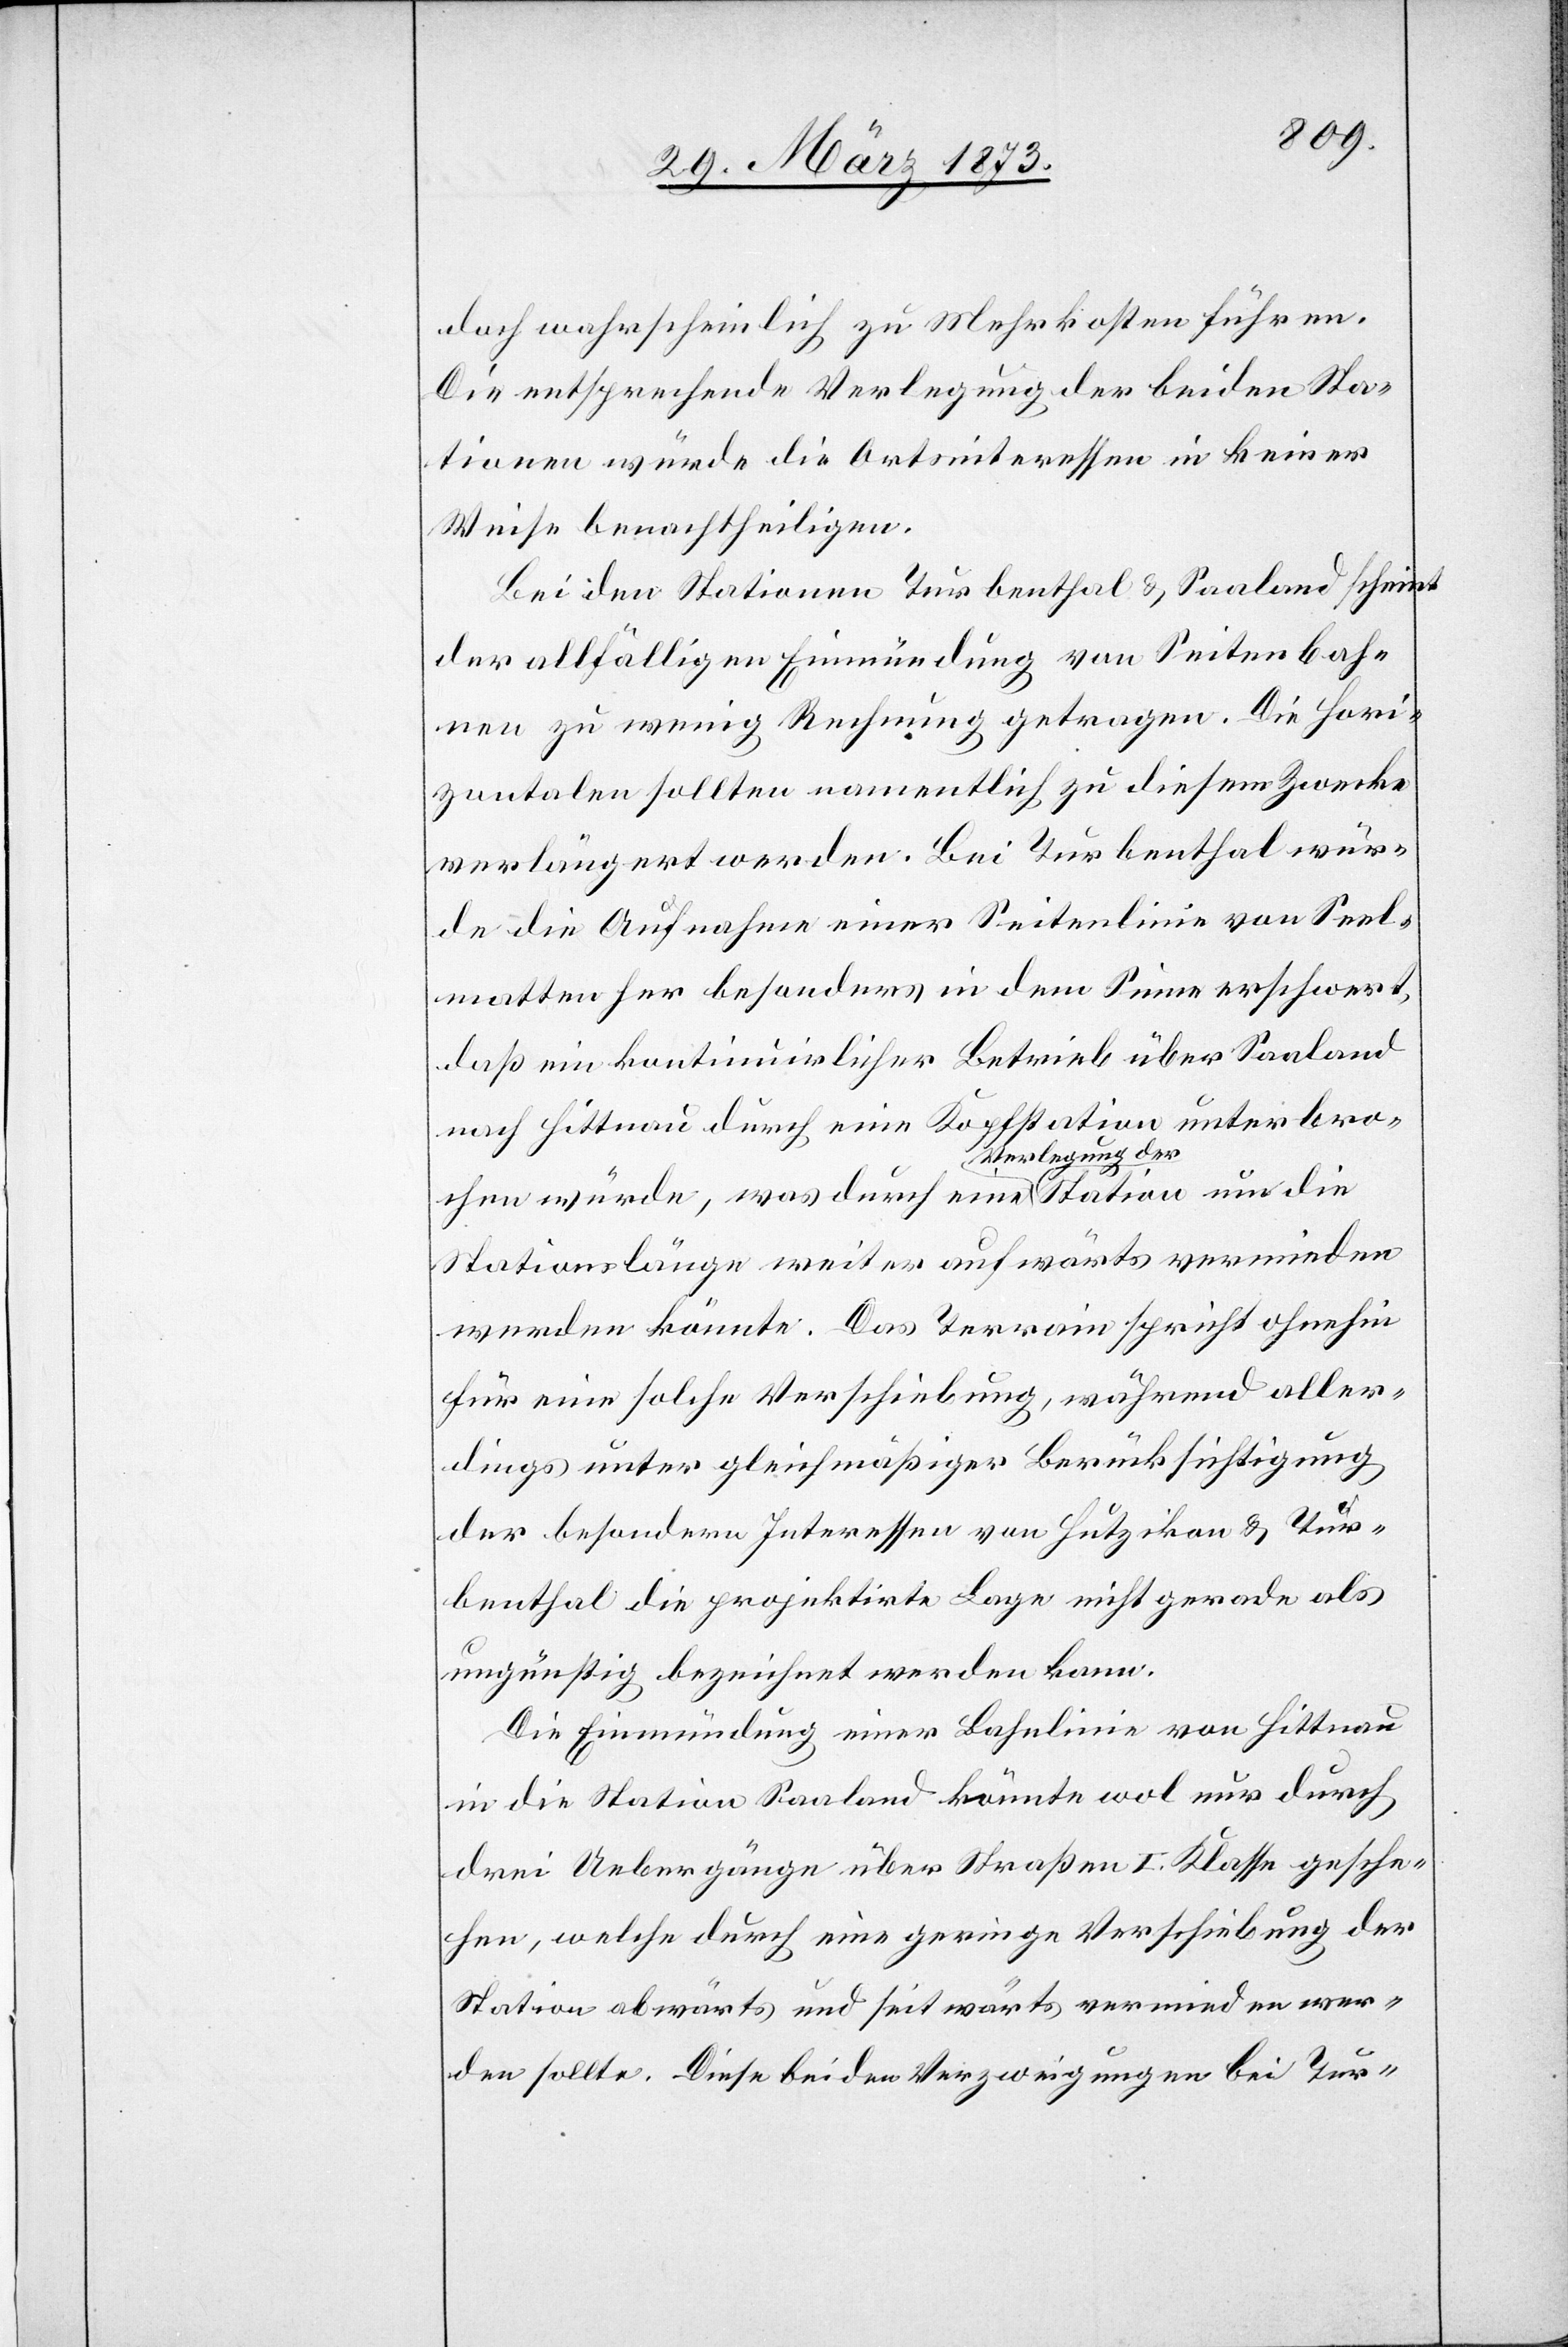
doch wahrscheinlich zu Mehrkosten führen.
Die entsprechende Verlegung der beiden Sta¬
tionen würde die Ortsinteressen in keiner
Weise benachtheiligen.
Bei den Stationen Turbenthal u. Saaland scheint
der allfälligen Einmündung von Seitenbah¬
nen zu wenig Rechnung getragen. Die hori¬
zontalen sollten namentlich zu diesem Zwecke
verlängert werden. Bei Turbenthal wür¬
de die Aufnahme einer Seitenlinie von Seel¬
matten her besonders in dem Sinne erschwert,
daß ein kontinuirlicher Betrieb über Saaland
nach Hittnau durch eine Kopfstation unterbre¬
chen würde, was durch eine Verlegung der
Stationslänge weiter aufwärts vermieden
werden könnte. Das Terrain spricht ohnehin
für eine solche Verschiebung, während aller¬
dings unter gleichmäßiger Berücksichtigung
der besondern Interessen von Hutzikon u. Tur¬
benthal die projektirte Lage nicht gerade als
ungünstig bezeichnet werden kann.
Die Einmündung einer Bahnlinie von Hittnau
in die Station Saaland könnte wol nur durch
drei Uebergänge über Straßen I. Klasse gesche¬
hen, welche durch eine geringe Verschiebung der
Station abwärts und seitwärts vermieden wer¬
den sollte. Diese beiden Verzweigungen bei Tur-